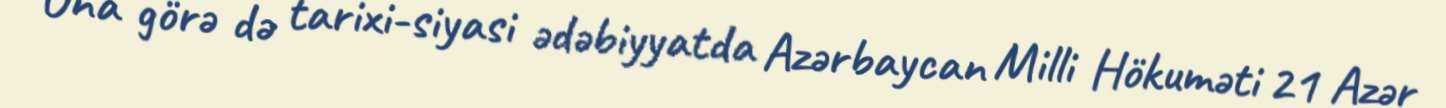
Ona görə də tarixi-siyasi ədəbiyyatda Azərbaycan Milli Hökuməti 21 Azər